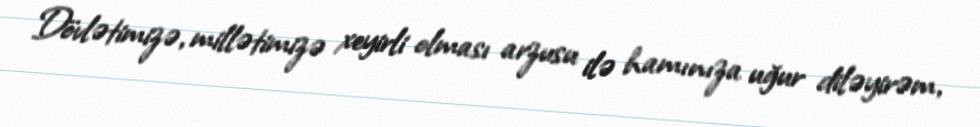
Dövlətimizə, millətimizə xeyirli olması arzusu ilə hamınıza uğur diləyirəm,